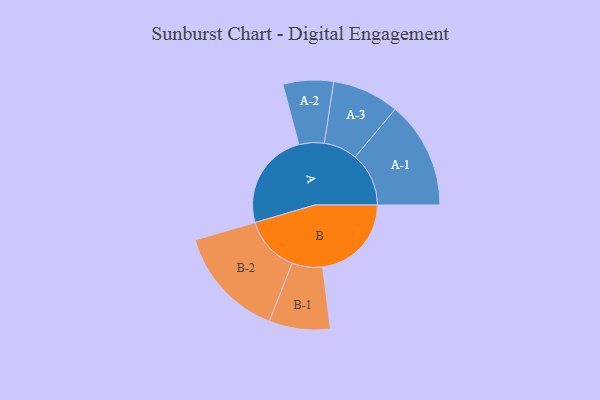
{"axis": {"x": "Segment", "y": "Value"}, "legend": ["", "A", "B"], "data": [{"x": "A", "y": 423, "type": ""}, {"x": "B", "y": 384, "type": ""}, {"x": "A-1", "y": 232, "type": "A"}, {"x": "A-2", "y": 109, "type": "A"}, {"x": "A-3", "y": 145, "type": "A"}, {"x": "B-1", "y": 132, "type": "B"}, {"x": "B-2", "y": 242, "type": "B"}]}